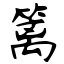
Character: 篱